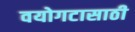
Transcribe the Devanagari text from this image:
वयोगटासाठी